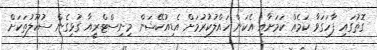
ގޮތުގައި ފާހަގަވާ ކަމެއް ކަމަށާއި އެކަން ހައްލުކުރުމަށް އެޑިއުކޭޝަން މިނިސްޓްރީއާ ގުޅިގެން ސުކޫލުތަކަށް